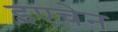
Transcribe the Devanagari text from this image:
इएचेन